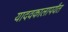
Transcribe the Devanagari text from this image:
यादवकालापर्यंत